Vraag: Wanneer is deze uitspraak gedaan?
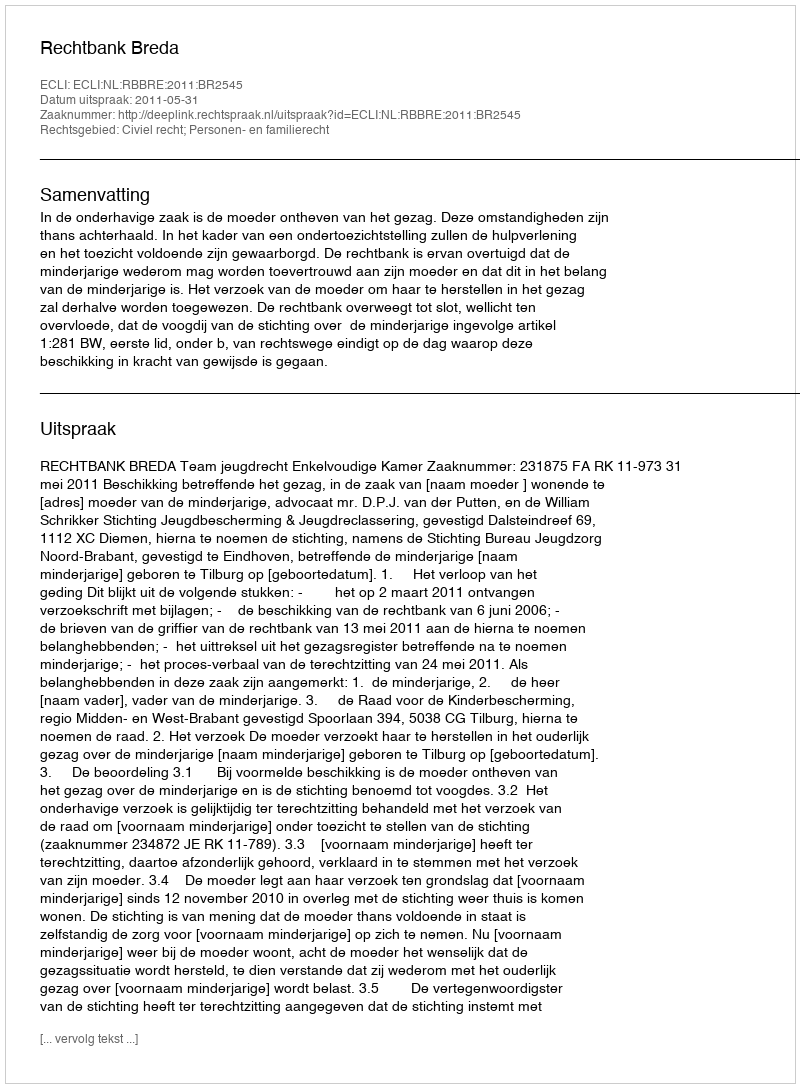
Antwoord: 2011-05-31